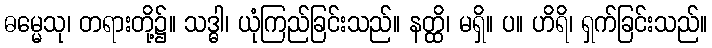
ဓမ္မေသု၊ တရားတို့၌။ သဒ္ဓါ၊ ယုံကြည်ခြင်းသည်။ နတ္ထိ၊ မရှိ။ ပ။ ဟိရိ၊ ရှက်ခြင်းသည်။